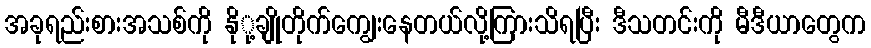
အခုရည်းစားအသစ်ကို နိုု့ချိုတိုက်ကျွေးနေတယ်လို့ကြားသိရပြီး ဒီသတင်းကို မီဒီယာတွေက